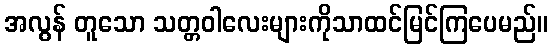
အလွန် တူသော သတ္တဝါလေးများကိုသာထင်မြင်ကြပေမည်။